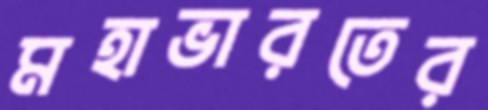
মহাভারতের